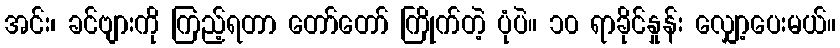
အင်း၊ ခင်ဗျားကို ကြည့်ရတာ တော်တော် ကြိုက်တဲ့ ပုံပဲ။ ၁၀ ရာခိုင်နှုန်း လျှော့ပေးမယ်။